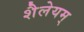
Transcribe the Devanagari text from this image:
शैलेयम्